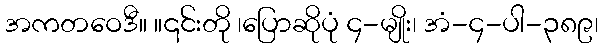
အကတဝေဒီ။ ။၎င်းတို ၊ပြောဆိုပုံ ၄-မျိုး၊ အံ-၄-ပါ-၃၈၉၊